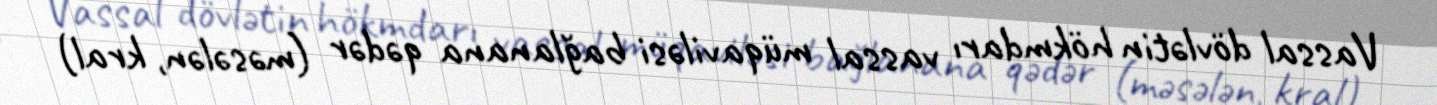
Vassal dövlətin hökmdarı vassal müqaviləsi bağlanana qədər (məsələn, kral)